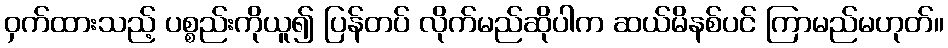
ဝှက်ထားသည့် ပစ္စည်းကိုယူ၍ ပြန်တပ် လိုက်မည်ဆိုပါက ဆယ်မိနစ်ပင် ကြာမည်မဟုတ်။